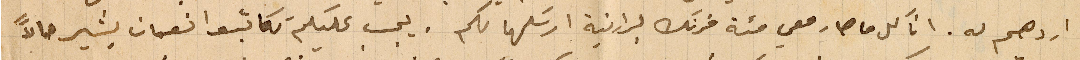
اردهم له. انا كل ما صار معي مئة فرنك برانية ارسَلها لكم. يجب عليكم تكاتبوا نعمان بشير حالاً